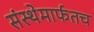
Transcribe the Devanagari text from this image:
संस्थेमार्फतच